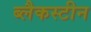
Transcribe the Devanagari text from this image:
ब्लैकस्टीन